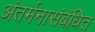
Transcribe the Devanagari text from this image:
अंतर्मनासंबंधित